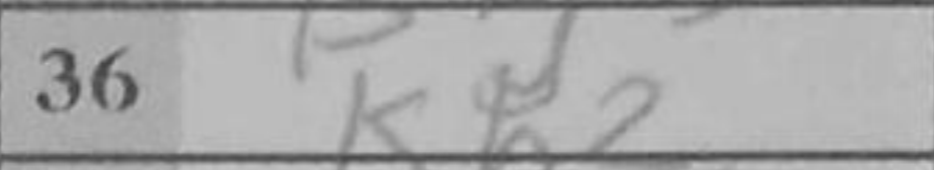
Transcription: Kh2